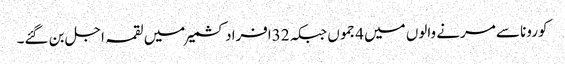
کورونا سے مرنے والوں میں 4جموں جبکہ 32افراد کشمیر میں لقمہ اجل بن گئے۔